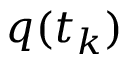
q ( t _ { k } )